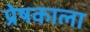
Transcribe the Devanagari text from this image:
प्रेषकाला